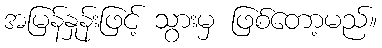
အမြန်နှုန်းဖြင့် သွားမှ ဖြစ်တော့မည်။